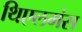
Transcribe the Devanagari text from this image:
थिएलमंस